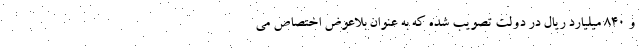
و ۸۴۰ میلیارد ریال در دولت تصویب شده که به عنوان بلاعوض اختصاص می